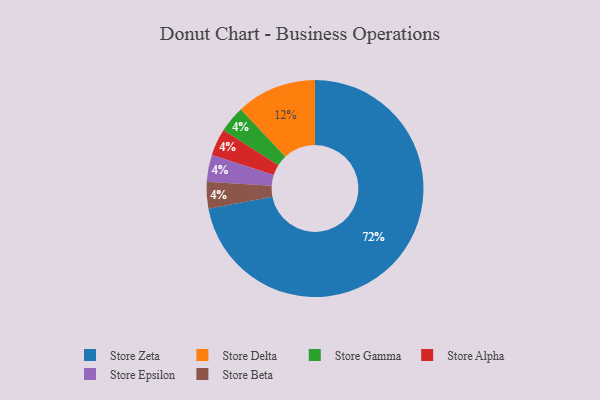
{"axis": {"x": "Category", "y": "Percentage"}, "legend": ["Store Alpha", "Store Beta", "Store Delta", "Store Epsilon", "Store Gamma", "Store Zeta"], "data": [{"x": "Store Gamma", "y": 4, "type": "Store Gamma"}, {"x": "Store Zeta", "y": 72, "type": "Store Zeta"}, {"x": "Store Alpha", "y": 4, "type": "Store Alpha"}, {"x": "Store Epsilon", "y": 4, "type": "Store Epsilon"}, {"x": "Store Beta", "y": 4, "type": "Store Beta"}, {"x": "Store Delta", "y": 12, "type": "Store Delta"}]}